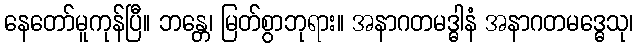
နေတော်မူကုန်ပြီ။ ဘန္တေ၊ မြတ်စွာဘုရား။ အနာဂတမဒ္ဓါနံ အနာဂတမဒ္ဓေသု၊